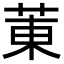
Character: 菄